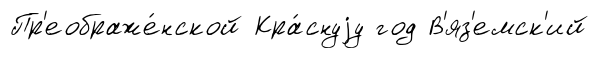
Пр'еображе́нской Кра́снуjу год В'яз'емск'ий